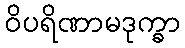
ဝိပရိဏာမဒုက္ခာ